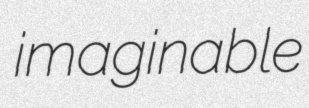
imaginable